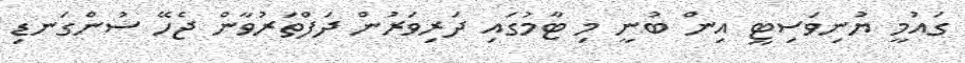
ގައުމީ ޔުނިވަސިޓީ އިން ބުނީ މި ޓާމުގައި ދަރިވަރުން ދަފްތަރުވާން ޖެހޭ ސުންގަނޑި